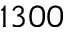
1 3 0 0